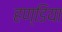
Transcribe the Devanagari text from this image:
हण्डिया